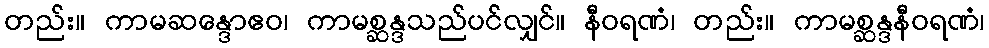
တည်း။ ကာမဆန္ဒောဧဝ၊ ကာမစ္ဆန္ဒသည်ပင်လျှင်။ နီဝရဏံ၊ တည်း။ ကာမစ္ဆန္ဒနီဝရဏံ၊